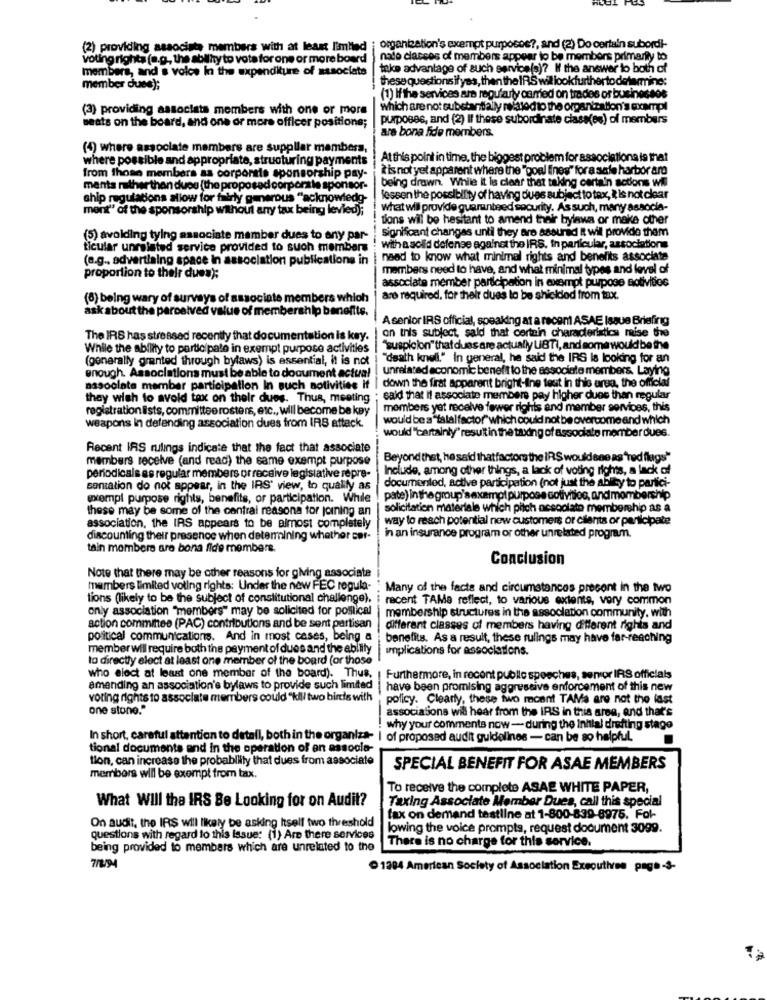
organization's exempt purposes ?, and (2) Do certain subordi-
(2) providing associate members with at least limited
voting rights (a.g ., the ability to vote for one or more board
nato clacces of members appear to be members primarily to
members, and s voice In the expenditure of associata
take advantage of such service(s)? W the answer to both of
these questions ifyes, then the IRS will lookfurtherto determine:
member dues);
(1) If the services are regularly camed on trades of businessos
(3) providing associats members with one or more
which are not substantially maissod to the organization's exampl
seats on the board, and one or more officer positions;
purposes, and (2) If these subordinate class(es) of members
are bona fide members.
(4) where associate members are suppllar mamboss,
where possible and appropriate, structuring payments
At this point in time, the biggest problem for associationa is that
isnot yet apparent where the "poel lines" fora safe harbor aro
from those members as corporate sponsorship pay-
ments rather than dupe (the proposed corpora le sponsor-
being drawn. While it le clear that taking certain actions wil
ship regulations allow for fairly generous "acknowledg-
lessen the possibility of having dues subject to tex, 2 is not clear
mont" of the sponsorship without any tax being levied);
what wil provide guaranteed security. As such, many associa-
tions will be hesitant to amend their bylawa or make other
significant changas until they are assured It wil provide them
(5) avoiding tying associate member dues to any par-
ticular unrelated service provided to such members
with a solid defense against the IRS, In particular, associations
(e.g ., advertising space in association publications in
naed to know what minimal rights and benefits associate
members need to have, and what minimal types and level of
proportion to their dues):
associate member participation in exempt purpose activities
(8) being wary of surveys of associate members which
are required, for their dues lo be shicidied from tax.
ask about the parcelved value of membership benefits.
Asenior IRS official, speaking at a recent ASAE Isque Briefing
on this subject, said that certain characteristics mise the
The IRS has stressed recently that documentation is kay.
While the ability to participate in exempt purpose activities
"suspicion" that dues are actually UBTI, and some would be the
(generally granted through bylaws) is essential, it is not
"death knell." In general, he said the IRS is looking for an
unrelated economic benefit to the associate members. Laying
enough. Associations must be able to document actual
down the first apparent bright-ilne test in this area, the official
associate member participation In such notivities if
they wish to avoid tax on their dues. Thus, meeting
said that it associate members pay higher dues than regular
registration ists, committee rosters, etc ., will become be key
members yet receive fewer rights and member services, this
weapons in defending association dues from IRS attack.
would be a"talalfactor" which could not be overcome and which
would"certainly" result in the taxding of associate member dues.
Recent IRS rulings indicate that the fact that associate
members receive (and read) the same exempt purpose
Beyond thet, he said thatfactors the IRS would ene as "red flags"
Include, among other things, a lack of voting rights, a lack of
periodicals es regular members or receive legislative répre-
documented, active participation (not just the ability to partici-
sentation do not appear, in the IRS" view, to qualify as
exempl purpose rights, benefits, or participation. While
pate) in the group's exempt purpose cotivitios, and mombership
these may be some of the contrai reasons for joining an
solicitation materiale which piich nesoolate membership as a
way to reach potential new customers or clients or participate
association, the IRS appears to be almost completely
discounting their presence when determining whether cor-
in an insurance program or other unrelated program.
tain members are bona fide members.
Conclusion
Note that there may be other reasons for giving associate
members limited voting rights: Under the new FEC regula-
Many of the facts and circumstances precont in the two
tions (likely to be the subject of constitutional challenge).
recent TAMa reflect, to various extente, very common
only association "members" may be solicited for political
membership structures in the association community. with
action committee (PAC) contributions and be sent partisan
different classes of members having different righis and
political communications. And in most cases, being a
benefits. As a result, these rulings may have far-reaching
member will require both the payment of dues and the ability
Implications for associations.
to directly elect at least one member of the board (or those
who elect at least one member of the board). Thus.
| Furthermore, in recent publlc speeches, semor IRS officials
amending an association's bylaws to provide such limited
have been promising aggressive enforcement of this new
voting rights to associate members could "kill two birds with
policy. Clearly, these two mcent TAMa are not the last
one stone."
associations will hear from the IRS in this area, and that's
why your comments now - during the inhilal drafting stage
In short, careful attention to detail, both in the organiza-
of proposed audit guidelines - can be so helpful
tional documents and in the operation of en associe
tion, can increase the probablilly that dues from associate
SPECIAL BENEFIT FOR ASAE MEMBERS
members will be exempt from tax.
To receive the complete ASAE WHITE PAPER,
What Will the IRS Be Looking for on Audit?
Taxing Associate Member Dues, call this special
fax on demand testline at 1-800-839-8975. For-
On audit, the IRS will likely be asking Itself two threshold
lowing the voice prompts, request document 3099.
questions with regard to this issue: (1) Are there services
There is no charge for this service.
being provided to members which are unrelated to the
7/8/94
O 1284 American Society of Association Executives page-3-